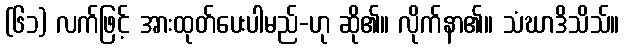
(၆၁) လက်ဖြင့် အားထုတ်ပေးပါမည်-ဟု ဆို၏။ လိုက်နာ၏။ သံဃာဒိသိသ်။